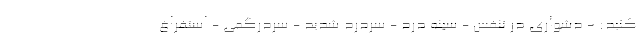
کنید: - دشواری در تنفس - سینه درد - سردرد شدید - سردرگمی - استفراغ